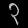
Digit: ၃